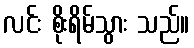
လင်း စိုးရိမ်သွား သည်။